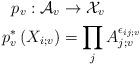
LaTeX: \begin{align*}p_v:\mathcal{A}_v&\rightarrow \mathcal{X}_v\\p_v^*\left(X_{i;v}\right)&=\prod_jA_{j;v}^{\epsilon_{ij;v}}\end{align*}